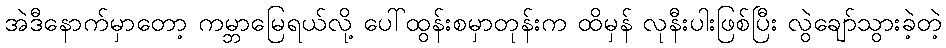
အဲဒီနောက်မှာတော့ ကမ္ဘာမြေရယ်လို့ ပေါ်ထွန်းစမှာတုန်းက ထိမှန် လုနီးပါးဖြစ်ပြီး လွဲချော်သွားခဲ့တဲ့